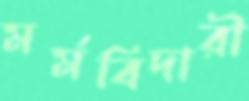
মর্মবিদারী